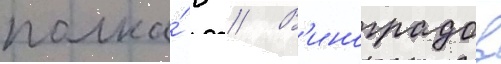
полка́ в // В'иноградов